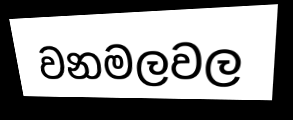
වනමලවල